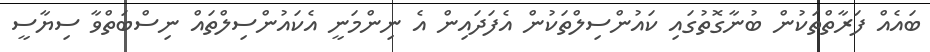
ބައެއް ފަރާތްތަކުން ބުނާގޮތުގައި ކައުންސިލްތަކުން އެފަދައިން އެ ނިންމަނީ އެކައުންސިލްތައް ނިސްބަތްވާ ސިޔާސީ